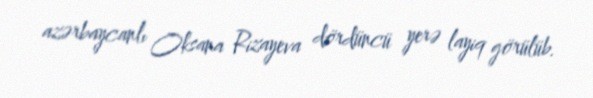
azərbaycanlı Oksana Rizayeva dördüncü yerə layiq görülüb.